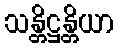
သန္တိဋ္ဌန္တိယာ